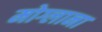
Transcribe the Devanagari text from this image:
मोग्लाना